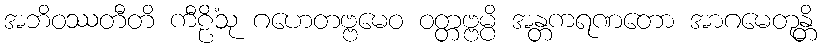
အဘိဝဿတီတိ ကီဠိံသု ဂဟေတဗ္ဗမေဝ ဝတ္တဗ္ဗမ္ပိ အန္တကရဏတော အာဂမေတုန္တိ